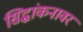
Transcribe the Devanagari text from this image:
सिद्धांकनावर